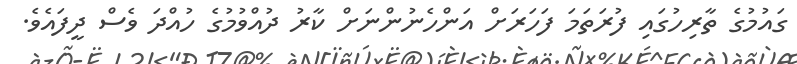
ގައުމުގެ ތާރިހުގައި ފުރަތަމަ ފަހަރަށް އަންހެނުންނަށް ކާރު ދުއްވުމުގެ ހުއްދަ ވެސް ދީފައެވެ.